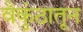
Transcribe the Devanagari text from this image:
वैकुंठातून